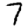
Digit: 7